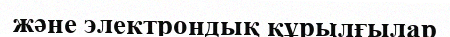
және электрондық құрылғылар